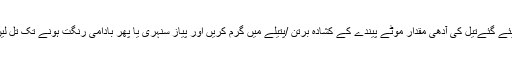
دیئے گئےتیل کی آدھی مِقدار موٹے پیندے کے کُشادہ برتن /پتیلے میں گرم کریں اور پیاز سُنہری یا پھر بادامی رنگت ہونے تک تل لیں۔